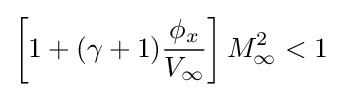
\left[1+(\gamma +1){\frac {\phi _{x}}{V_{\infty }}}\right]M_{\infty }^{2}<1